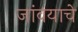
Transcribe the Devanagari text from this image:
जांवयाचे